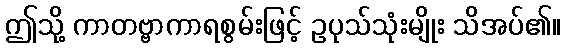
ဤသို့ ကာတဗ္ဗာကာရစွမ်းဖြင့် ဥပုသ်သုံးမျိုး သိအပ်၏။